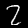
Label: 2